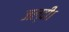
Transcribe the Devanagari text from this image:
जल्दी।